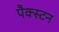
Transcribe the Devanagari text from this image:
पैक्स्टन